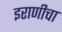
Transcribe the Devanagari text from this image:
इराणीचा